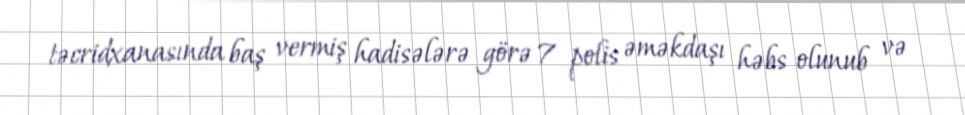
təcridxanasında baş vermiş hadisələrə görə 7 polis əməkdaşı həbs olunub və